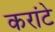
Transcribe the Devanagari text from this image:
करांटे